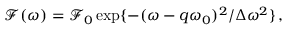
\mathcal { F } ( \omega ) = \mathcal { F } _ { 0 } \exp \{ - ( \omega - q \omega _ { 0 } ) ^ { 2 } / \Delta \omega ^ { 2 } \} \, ,